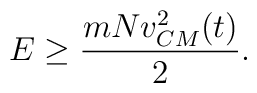
E\ge \frac{m N v^2_{CM}(t)}{2}.